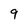
Character: 9